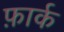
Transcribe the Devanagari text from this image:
फ़ार्क